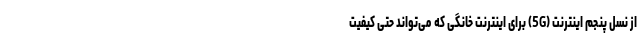
از نسل پنجم اینترنت (5G) برای اینترنت خانگی که می‌تواند حتی کیفیت